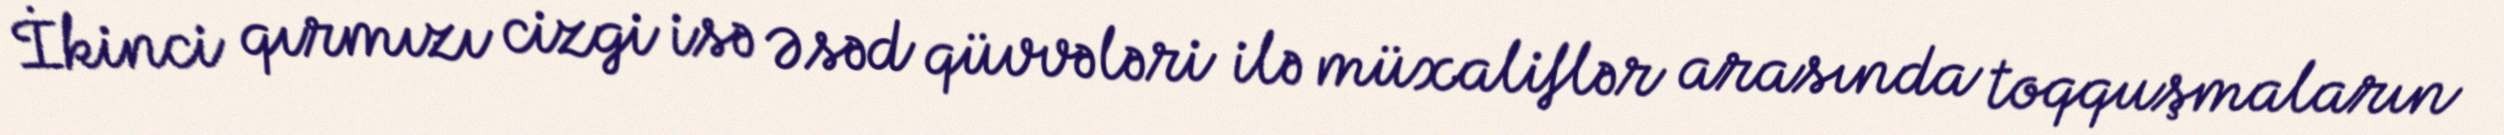
İkinci qırmızı cizgi isə Əsəd qüvvələri ilə müxaliflər arasında toqquşmaların